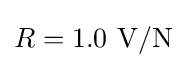
R=1.0~\mathrm {V} /\mathrm {N}